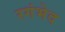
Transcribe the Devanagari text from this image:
रगंभेद